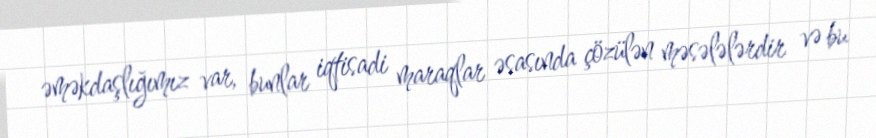
əməkdaşlığımız var, bunlar iqtisadi maraqlar əsasında çözülən məsələlərdir və bu